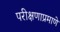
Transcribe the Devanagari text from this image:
परीक्षणाप्रमाणे